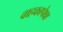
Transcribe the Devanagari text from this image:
वाहकापेक्षा